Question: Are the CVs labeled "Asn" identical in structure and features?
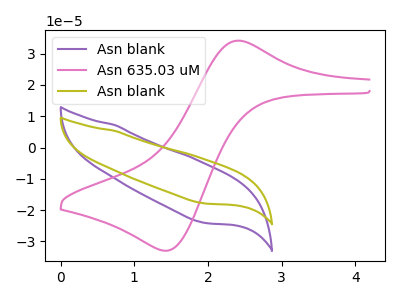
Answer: <think>The purple curve "Asn blank" has no peaks. The pink curve "Asn 635.03 uM" has an anodic peak at (2.35V, 34.10uA) and a cathodic peak at (1.45V, -33.00uA). The olive curve "Asn blank" has no peaks.
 "Asn blank" and "Asn 635.03 uM" have a different number of peaks. Neither "Asn blank" or "Asn blank" have any peaks. "Asn 635.03 uM" and "Asn blank" have a different number of peaks.</think>
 <answer>All the CV's of "Asn" have similar shape.</answer>
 <eval>follow_rule</eval>